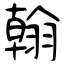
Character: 翰